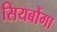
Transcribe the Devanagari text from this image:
सियबोंगा